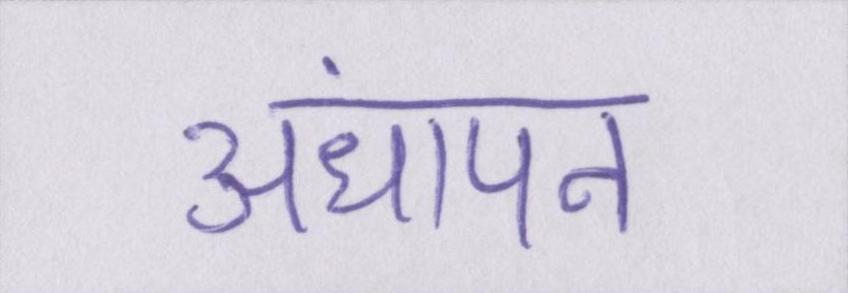
अंधापन